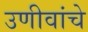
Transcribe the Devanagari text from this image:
उणीवांचे